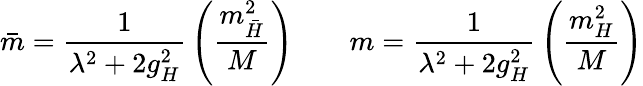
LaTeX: \bar{m}={\frac{1}{\lambda^{2}+2g_{H}^{2}}}\left(\frac{m_{\bar{H}}^{2}}{M}\right)\qquad m={\frac{1}{\lambda^{2}+2g_{H}^{2}}}\left(\frac{m_{H}^{2}}{M}\right)